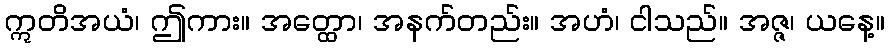
ဣတိအယံ၊ ဤကား။ အတ္ထော၊ အနက်တည်း။ အဟံ၊ ငါသည်။ အဇ္ဇ၊ ယနေ့။